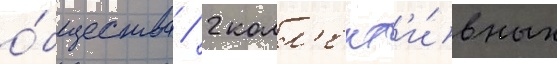
о́бщества / 2 колл'ект'и́вных